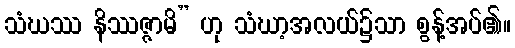
သံဃဿ နိဿဇ္ဇာမိ” ဟု သံဃာ့အလယ်၌သာ စွန့်အပ်၏။